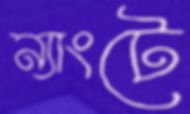
ন্যাংটে